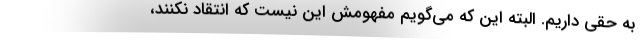
به حقی داریم. البته این که می‌گویم مفهومش این نیست که انتقاد نکنند،